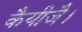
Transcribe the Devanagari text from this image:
कैयीजै।